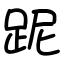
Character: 跜